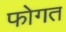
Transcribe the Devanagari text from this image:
फोगत